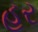
હૂર